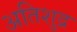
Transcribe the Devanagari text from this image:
अतिशुद्र